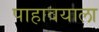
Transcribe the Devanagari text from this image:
पाहावयाला